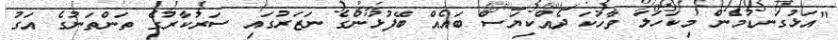
"އަޅުގަނޑުމެން މިކަހަލަ ވާހަކަ ދެއްކިޔަސް ބައެއް ބޭފުޅުންގެ ނަޒަރުގައި ސަރުކާރުގެ ތަންތަނުގެ އަގު